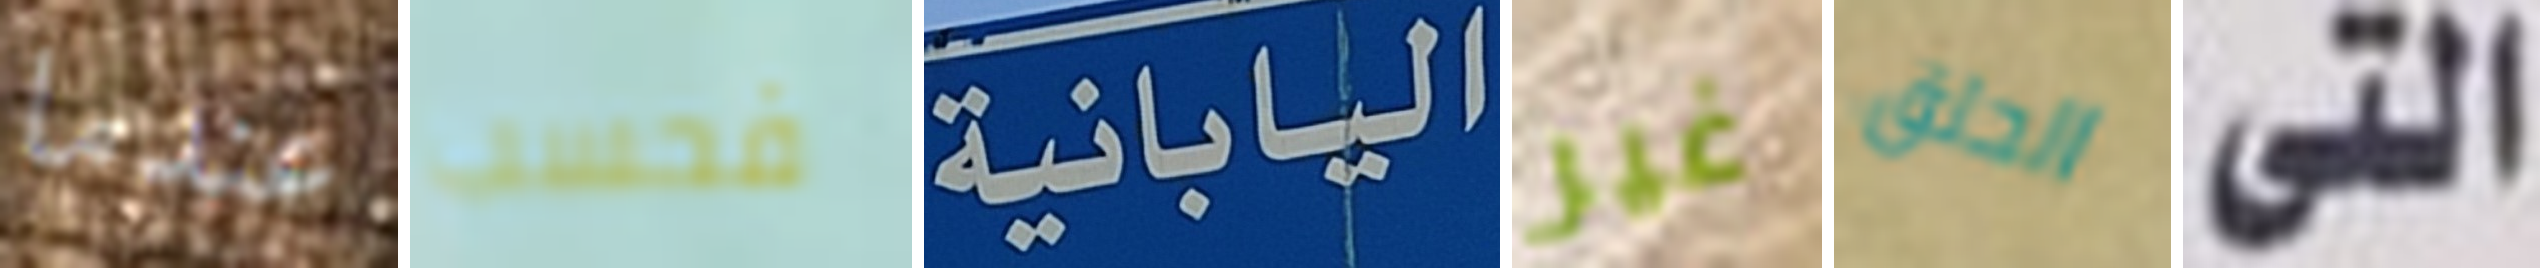
عندما فحسب اليابانية غير الحلق التى